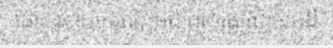
ដោះស្រាយករណីប្រជាពលរដ្ឋចូលចាប់ដី